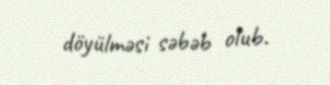
döyülməsi səbəb olub.